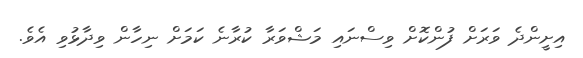
އިށީންދެ ވަރަށް ފުންކޮށް ވިސްނައި މަޝްވަރާ ކުރާނެ ކަމަށް ނިހާން ވިދާޅުވި އެވެ.